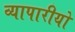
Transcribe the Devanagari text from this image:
व्यापारीयो